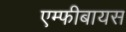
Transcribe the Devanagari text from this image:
एम्फीबायस